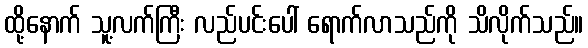
ထို့နောက် သူ့လက်ကြီး လည်ပင်းပေါ် ရောက်လာသည်ကို သိလိုက်သည်။